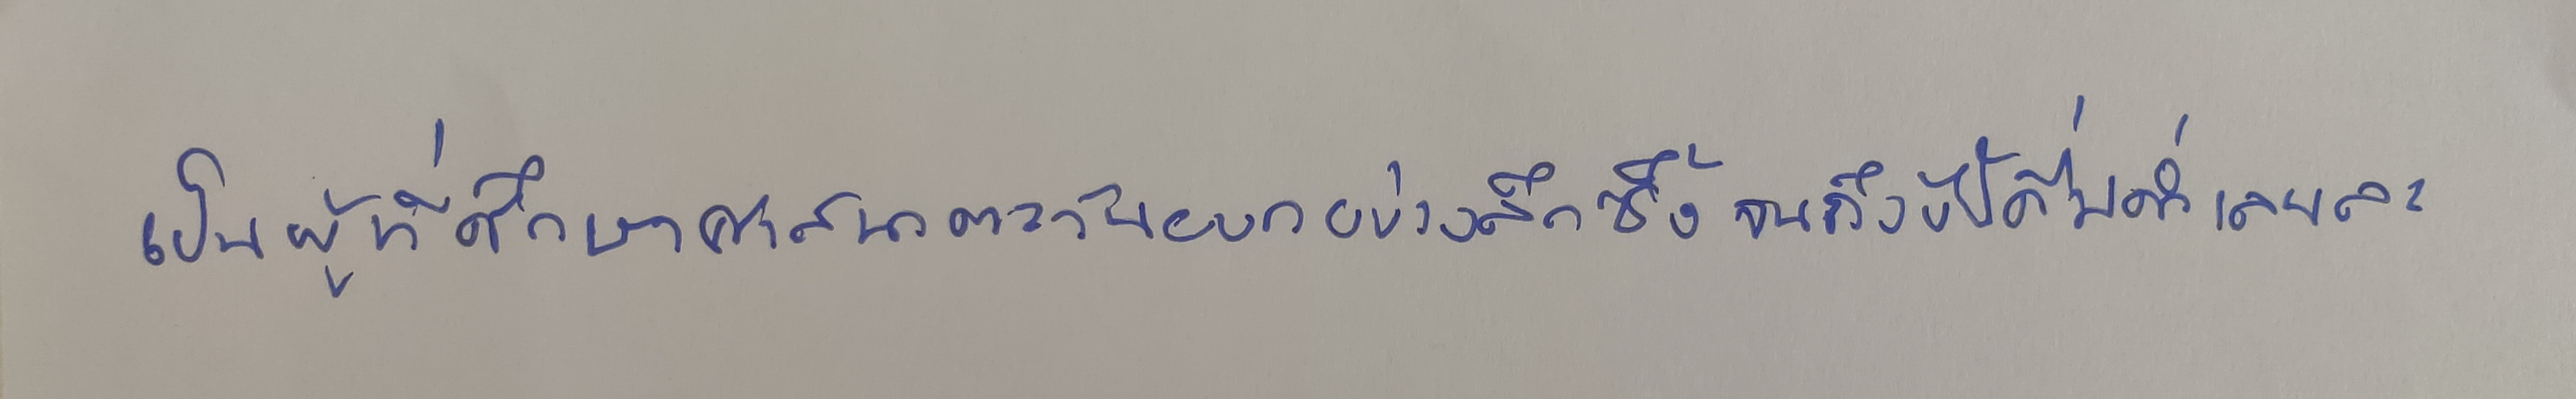
เป็นผู้ที่ศึกษาศาสนาตะวันออกอย่างลึกซึ้งจนถึงขั้นดื่มด่ำเลยล่ะ